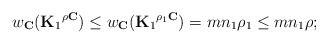
\begin{align*}w_{\mathbf{C}}({\mathbf{K}_1}^{\rho\mathbf{C}})\le w_{\mathbf{C}}({\mathbf{K}_1}^{\rho_1\mathbf{C}})=mn_1\rho_1\le mn_1\rho ;\end{align*}